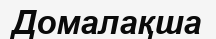
Домалақша